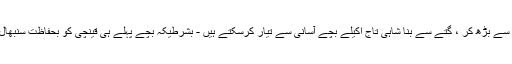
سب سے بڑھ کر ، گتے سے بنا شاہی تاج اکیلے بچے آسانی سے تیار کرسکتے ہیں - بشرطیکہ بچے پہلے ہی قینچی کو بحفاظت سنبھال لیں۔